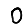
Digit: 0